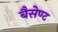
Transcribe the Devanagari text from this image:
बैसेण्ट